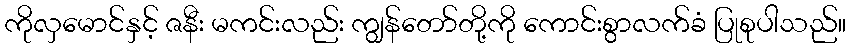
ကိုလှမောင်နှင့် ဇနီး မကင်းလည်း ကျွန်တော်တို့ကို ကောင်းစွာလက်ခံ ပြုစုပါသည်။